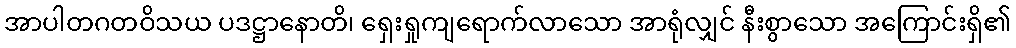
အာပါတဂတဝိသယ ပဒဋ္ဌာနောတိ၊ ရှေးရှုကျရောက်လာသော အာရုံလျှင် နီးစွာသော အကြောင်းရှိ၏